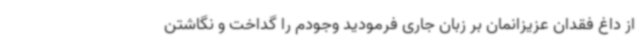
از داغ فقدان عزیزانمان بر زبان جاری فرمودید وجودم را گداخت و نگاشتن